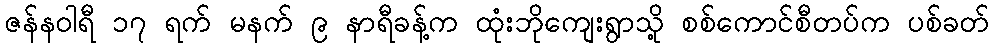
ဇန်နဝါရီ ၁၇ ရက် မနက် ၉ နာရီခန့်က ထုံးဘိုကျေးရွာသို့ စစ်ကောင်စီတပ်က ပစ်ခတ်